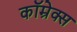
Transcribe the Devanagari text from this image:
कॉम्रेक्स